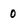
Character: 0